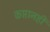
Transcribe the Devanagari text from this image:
कप्तानही